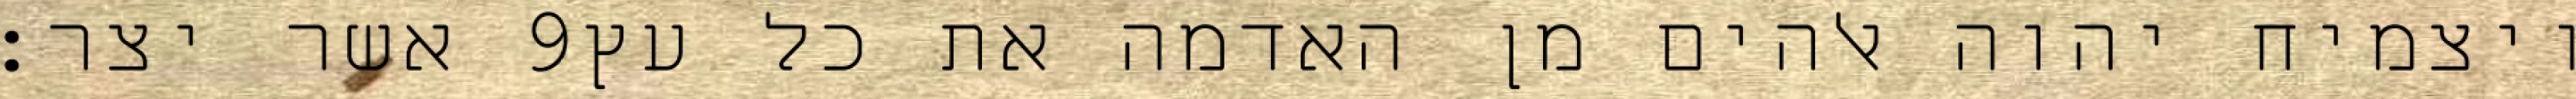
אשר יצר׃ ‎9‏ ויצמיח יהוה אלהים מן האדמה את כל עץ